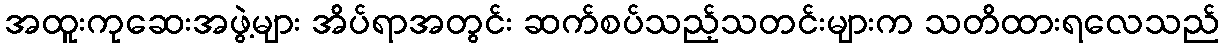
အထူးကုဆေးအဖွဲ့များ အိပ်ရာအတွင်း ဆက်စပ်သည့်သတင်းများက သတိထားရလေသည်